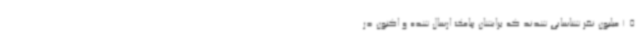
1.5 میلیون نفر شناسایی شدند که برایشان پیامک ارسال شده و اکنون در